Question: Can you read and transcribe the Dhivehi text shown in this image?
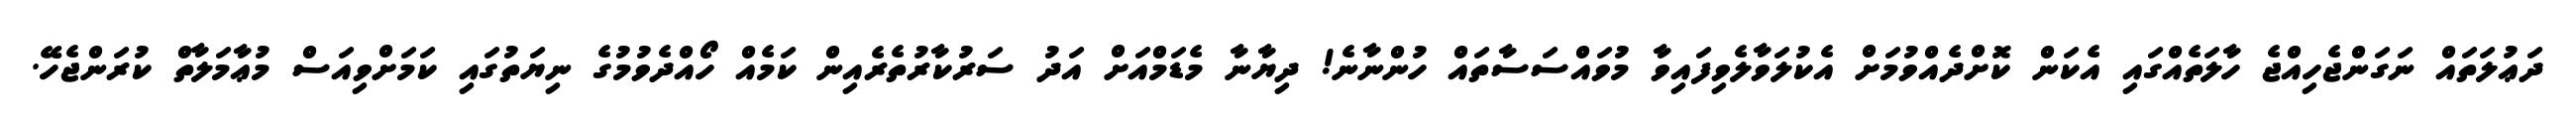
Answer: ދަޢުލަތައް ނަގަންޖެހިއްޖެ ހާލަތެއްގައި އެކަން ކޮށްދެއްވުމަށް އެކުލަވާލެވިފައިވާ މުވައްސަސާތައް ހުންނާނެ! ދިޔާނާ މެޑަމްއަށް އަދު ސަރުކާރުތެރެއިން ކަމެއް ހޯއްދެވުމުގެ ނިޔަތުގައި ކަމަށްވިއަސް މުޢާމަލާތް ކުރަންޖެހޭ.